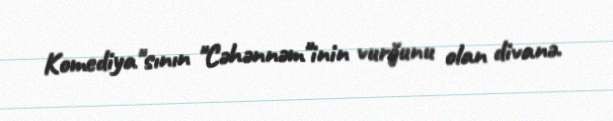
Komediya"sının "Cəhənnəm"inin vurğunu olan divanə.